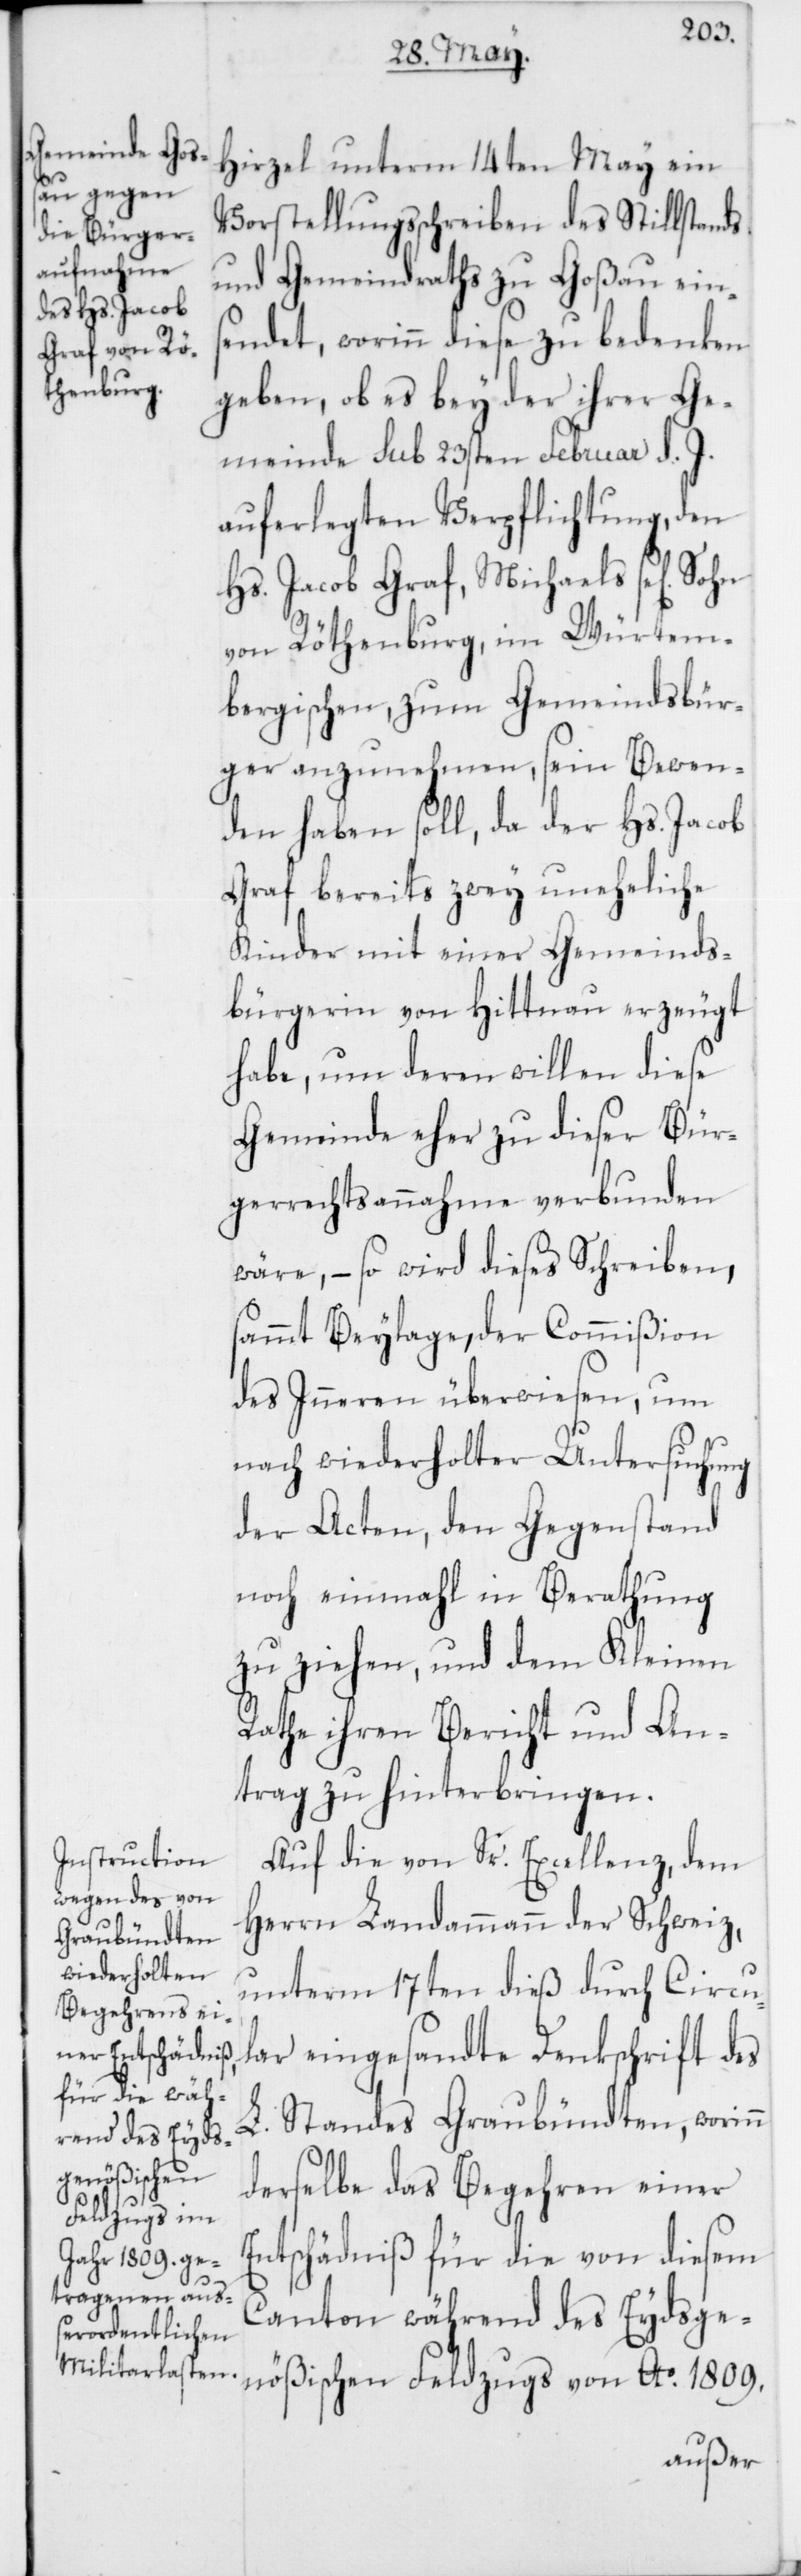
Hirzel unterm 14ten May ein
Vorstellungsschreiben des Stillstands
und Gemeindraths zu Goßau ein¬
sendet, worinn diese zu bedenken
geben, ob es bey der ihrer Ge¬
meinde sub 23sten Februar d. J.
auferlegten Verpflichtung, den
Hs. Jacob Graf, Michaels se[lig]
von Röthenburg, im Würtem¬
bergischen, zum Gemeindsbür¬
ger anzunehmen, sein Bewen¬
den haben soll, da der Hs. Jacob
Graf bereits zwey uneheliche
Kinder mit einer Gemeinds¬
bürgerin von Hittnau erzeugt
habe, um deren willen diese
Gemeinde eher zu dieser Bür¬
gerrechtsannahme verbunden
wäre, – so wird dieses Schreiben,
sammt Beylage, der Commißion
des Inneren überwiesen, um
nach wiederholter Untersuchung
der Acten, den Gegenstand
noch einmahl in Berathung
zu ziehen, und dem Kleinen
Rathe ihren Bericht und An¬
trag zu hinterbringen.
Auf die von Sr. Excellenz, dem
Herrn Landammann der Schweiz,
unterm 17ten dieß durch Circu¬
lar eingesandte Denkschrift des
L. Standes Graubündten, worinn
derselbe das Begehren einer
Entschädniß für die von diesem
Canton während des Eydsge¬
nößischen Feldzugs von Ao. 1809.